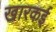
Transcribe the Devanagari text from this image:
खारकई